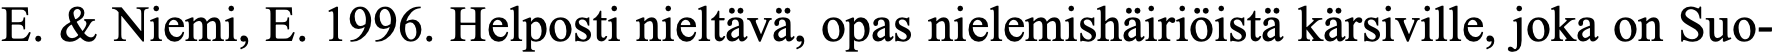
E. & Niemi, E. 1996. Helposti nieltävä, opas nielemishäiriöistä kärsiville, joka on Suo-